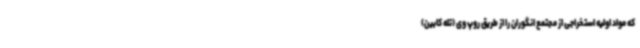
که مواد اولیه استخراجی از مجتمع انگوران را از طریق روپ وی (تله کابین)